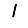
Digit: 1